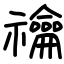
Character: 禴